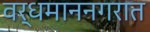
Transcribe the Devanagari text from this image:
वर्धमाननगरात